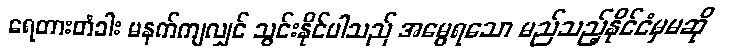
ရေတားတံခါး မနက်ကျလျှင် သွင်းနိုင်ပါသည် အမွေရသော မည်သည့်နိုင်ငံမှမဆို